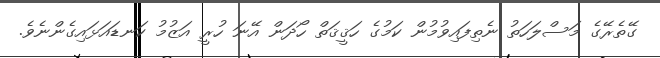
ގޭތެރޭގެ މަސްލަހަތު ނެތިފައިވުމުން ކަމުގެ ހަޤީޤަތް ހޯދަން އޭނަ ހުރީ އަޒުމު ކަނޑައަޅައިގެންނެވެ.